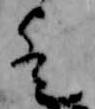
歟